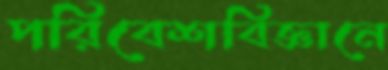
পরিবেশবিজ্ঞানে